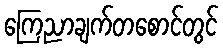
ကြေညာချက်တစောင်တွင်